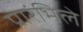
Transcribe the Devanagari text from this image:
प्रारंभिले